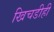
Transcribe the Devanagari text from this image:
खिचडीही